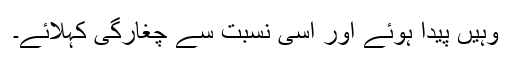
وہیں پیدا ہوئے اور اِسی نسبت سے چغارگی کہلائے۔